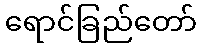
ရောင်ခြည်တော်